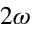
2 \omega